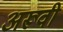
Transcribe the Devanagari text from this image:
अरूवी